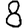
Digit: 8